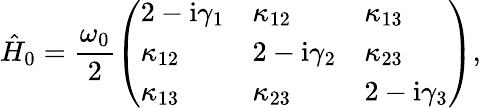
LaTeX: \hat{H}_{0}=\frac{\omega_{0}}{2}\left(\begin{array}{lll}{2-\mathrm{i}\gamma_{1}}&{\kappa_{12}}&{\kappa_{13}}\\ {\kappa_{12}}&{2-\mathrm{i}\gamma_{2}}&{\kappa_{23}}\\ {\kappa_{13}}&{\kappa_{23}}&{2-\mathrm{i}\gamma_{3}}\end{array}\right),